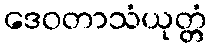
ဒေဝတာသံယုတ္တံ